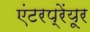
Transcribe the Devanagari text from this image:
एंटरप्रेंयूर